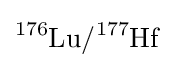
{\ce {^{176}Lu/^{177}Hf}}